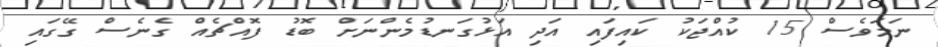
ނަމަވެސް 15 ކުއްޖަކު ކައިފައި އަދި އަޅުގަނޑުމެންނަށް ބޮޑު ފޮއްޗެއް ގެނެސް ގޭގައި